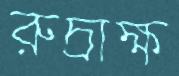
রুদ্রাক্ষ